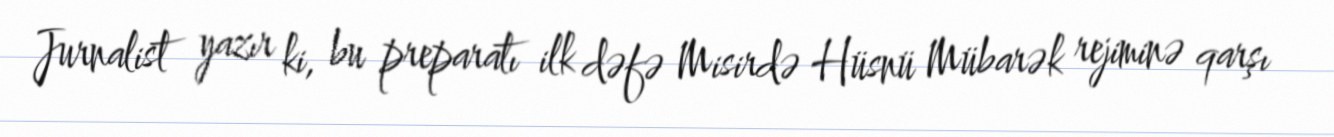
Jurnalist yazır ki, bu preparatı ilk dəfə Misirdə Hüsnü Mübarək rejiminə qarşı